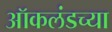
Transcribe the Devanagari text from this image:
ऑकलंडच्या